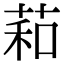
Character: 萂